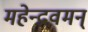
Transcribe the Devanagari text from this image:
महेन्द्रवमन्